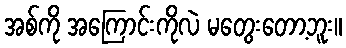
အစ်ကို အကြောင်းကိုလဲ မတွေးတော့ဘူး။